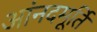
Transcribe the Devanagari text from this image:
आंनदमूर्ति